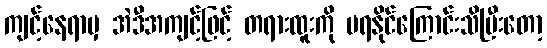
ကျင့်နေရာမှ အဲဒီအကျင့်ဖြင့် တရားထူးကို မရနိုင်ကြောင်းသိပြီးတော့